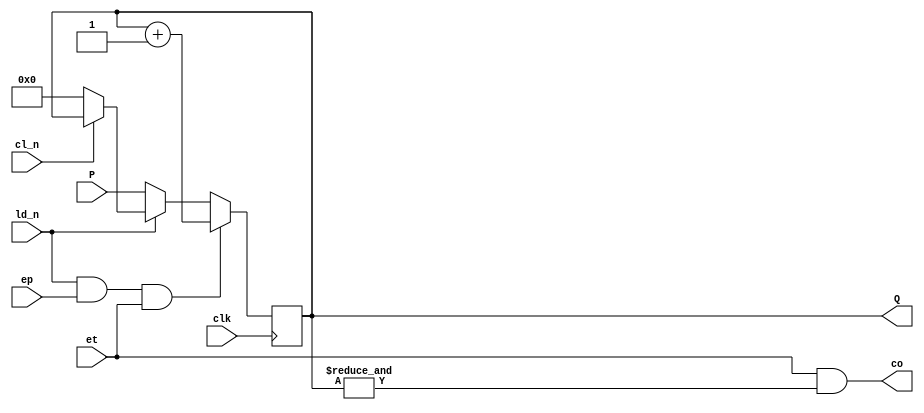
//------------------------------------------------------------------------------
// SPDX-License-Identifier: GPL-2.0-or-later
// SPDX-FileType: SOURCE
// SPDX-FileCopyrightText: (c) 2022, Pierre Cornier (Pierco)
//------------------------------------------------------------------------------

module x74161 (
        input            cl_n,
        input            clk,
        input            ld_n,
        input            ep,
        input            et,
        input      [3:0] P,
        output reg [3:0] Q,
        output           co
    );

    wire [3:0] nq = Q + 4'd1;
    assign co = et & (&Q);

    always @(posedge clk) begin
        if (~cl_n)          Q <= 4'd0;
        if (~ld_n)          Q <= P;
        if (ld_n & ep & et) Q <= nq;
    end

endmodule